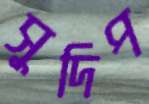
সুদিপ